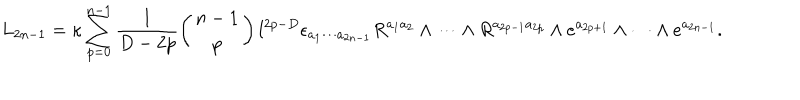
LaTeX: L _ { 2 n - 1 } = \kappa \sum _ { p = 0 } ^ { n - 1 } \frac { 1 } { D - 2 p } \left( \begin{array} { c } { { n - 1 } } \\ { { p } } \\ \end{array} \right) l ^ { 2 p - D } \epsilon _ { a _ { 1 } \cdots a _ { 2 n - 1 } } R ^ { a _ { 1 } a _ { 2 } } \wedge \cdots \wedge R ^ { a _ { 2 p - 1 } a _ { 2 p } } \wedge e ^ { a _ { 2 p + 1 } } \wedge \cdots \wedge e ^ { a _ { 2 n - 1 } } .